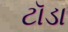
ટૉડા